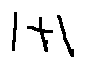
1 + 1